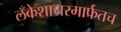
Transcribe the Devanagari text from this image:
लँकेशायरमार्फतच